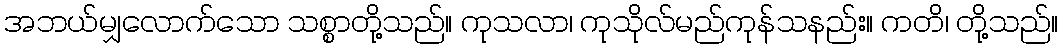
အဘယ်မျှလောက်သော သစ္စာတို့သည်။ ကုသလာ၊ ကုသိုလ်မည်ကုန်သနည်း။ ကတိ၊ တို့သည်။